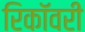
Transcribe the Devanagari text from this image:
रिकॉवरी